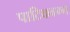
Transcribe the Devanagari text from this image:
पाटिकवग्ग